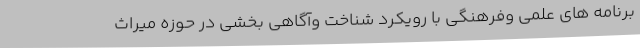
برنامه های علمی وفرهنگی با رویکرد شناخت وآگاهی بخشی در حوزه میراث